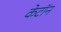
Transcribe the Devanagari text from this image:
केटॉन